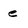
Character: e